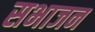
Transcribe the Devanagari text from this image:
सभाजन